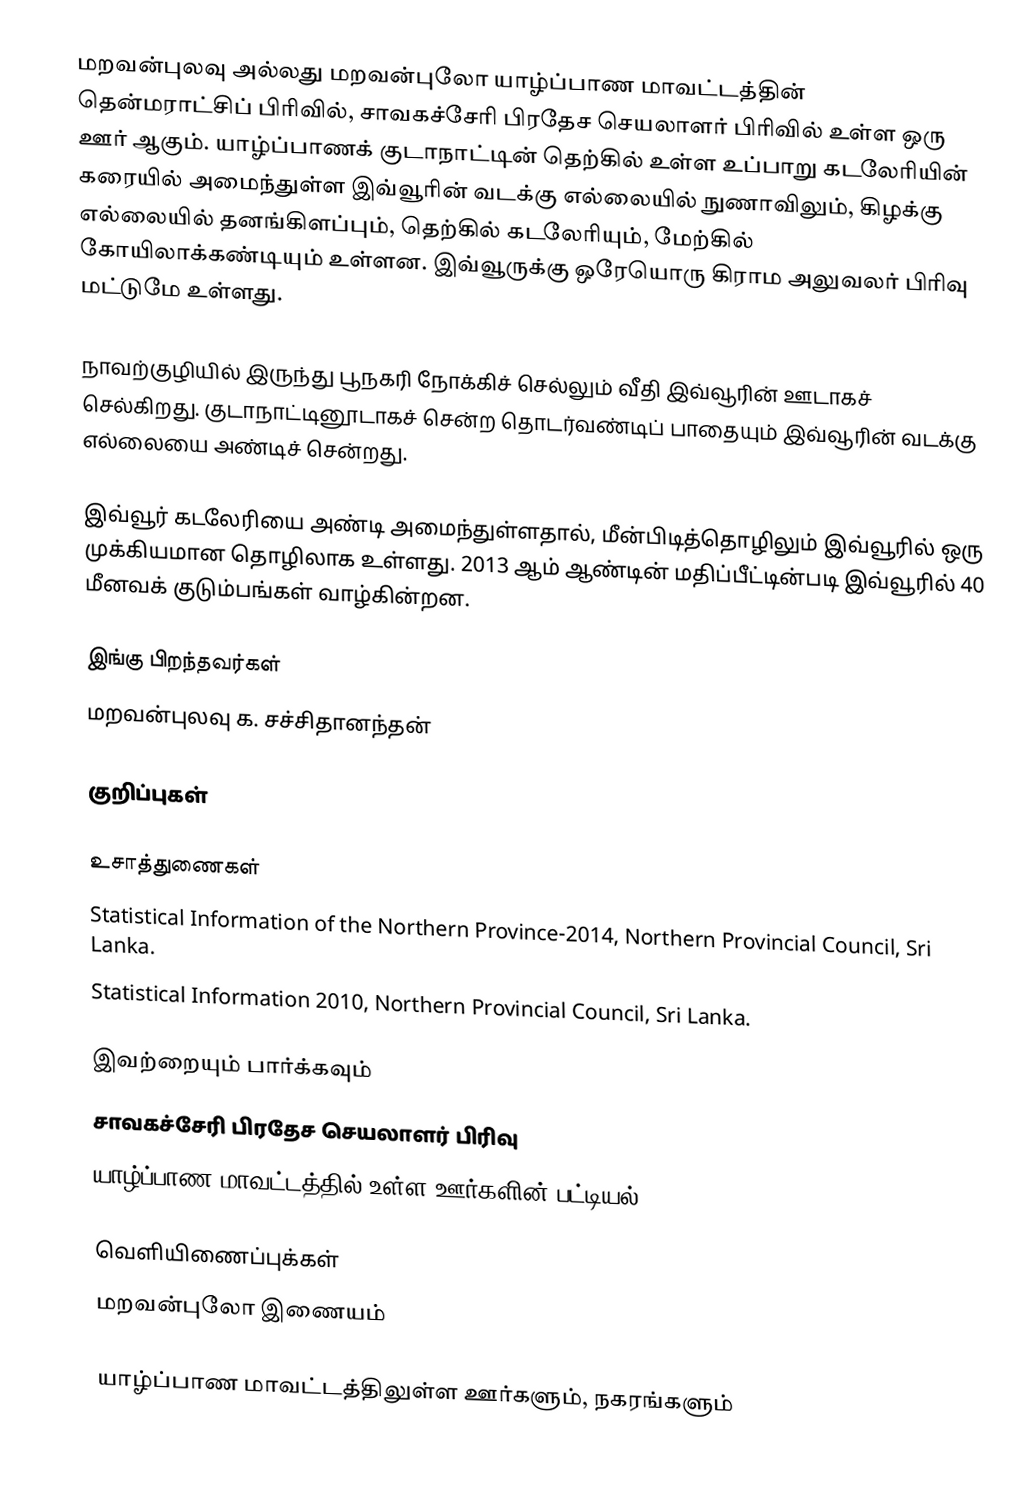
மறவன்புலவு அல்லது மறவன்புலோ யாழ்ப்பாண மாவட்டத்தின் தென்மராட்சிப் பிரிவில், சாவகச்சேரி பிரதேச செயலாளர் பிரிவில் உள்ள ஒரு ஊர் ஆகும். யாழ்ப்பாணக் குடாநாட்டின் தெற்கில் உள்ள உப்பாறு கடலேரியின் கரையில் அமைந்துள்ள இவ்வூரின் வடக்கு எல்லையில் நுணாவிலும், கிழக்கு எல்லையில் தனங்கிளப்பும், தெற்கில் கடலேரியும், மேற்கில் கோயிலாக்கண்டியும் உள்ளன. இவ்வூருக்கு ஒரேயொரு கிராம அலுவலர் பிரிவு மட்டுமே உள்ளது.

நாவற்குழியில் இருந்து பூநகரி நோக்கிச் செல்லும் வீதி இவ்வூரின் ஊடாகச் செல்கிறது. குடாநாட்டினூடாகச் சென்ற தொடர்வண்டிப் பாதையும் இவ்வூரின் வடக்கு எல்லையை அண்டிச் சென்றது.

இவ்வூர் கடலேரியை அண்டி அமைந்துள்ளதால், மீன்பிடித்தொழிலும் இவ்வூரில் ஒரு முக்கியமான தொழிலாக உள்ளது. 2013 ஆம் ஆண்டின் மதிப்பீட்டின்படி இவ்வூரில் 40 மீனவக் குடும்பங்கள் வாழ்கின்றன.

இங்கு பிறந்தவர்கள்
மறவன்புலவு க. சச்சிதானந்தன்

குறிப்புகள்

உசாத்துணைகள்
 Statistical Information of the Northern Province-2014, Northern Provincial Council, Sri Lanka.
 Statistical Information 2010, Northern Provincial Council, Sri Lanka.

இவற்றையும் பார்க்கவும்
 சாவகச்சேரி பிரதேச செயலாளர் பிரிவு
 யாழ்ப்பாண மாவட்டத்தில் உள்ள ஊர்களின் பட்டியல்

வெளியிணைப்புக்கள்
 மறவன்புலோ இணையம்

யாழ்ப்பாண மாவட்டத்திலுள்ள ஊர்களும், நகரங்களும்